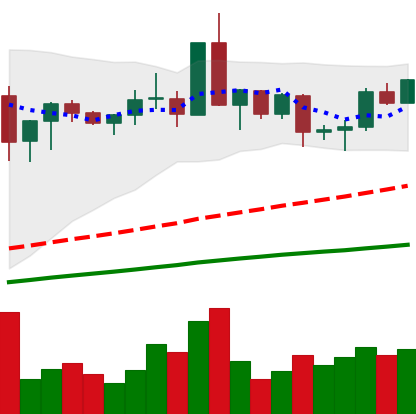
Ticker: XMR-USD
Chart end date: 2020-08-30
Forward return: -14.353%
Label: down_7plus